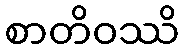
စာတိဝဿိ